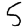
Digit: 5